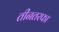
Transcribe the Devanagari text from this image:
तीनतरफा